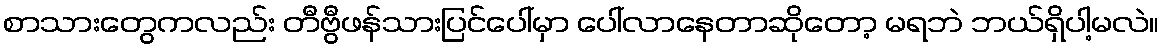
စာသားတွေကလည်း တီဗွီဖန်သားပြင်ပေါ်မှာ ပေါ်လာနေတာဆိုတော့ မရဘဲ ဘယ်ရှိပါ့မလဲ။